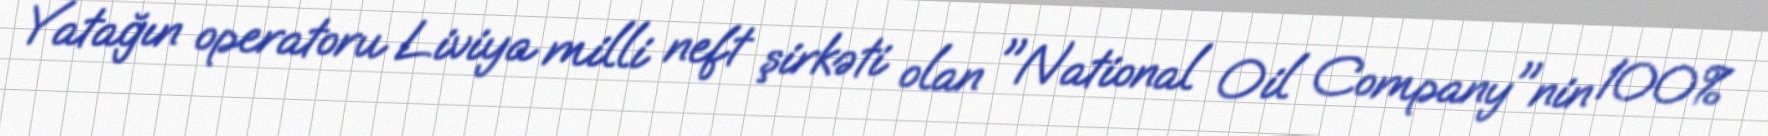
Yatağın operatoru Liviya milli neft şirkəti olan "National Oil Company"nin 100%